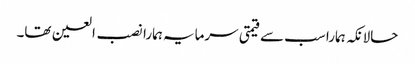
حالانکہ ہمارا سب سے قیمتی سرمایہ ہمارا نصب العین تھا۔